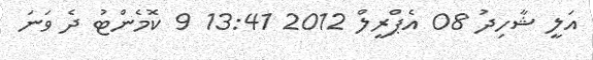
އަލީ ޝާހިދު 08 އެޕްރީލް 2012 13:41 9 ކޮމެންޓު ދެ ވަނަ